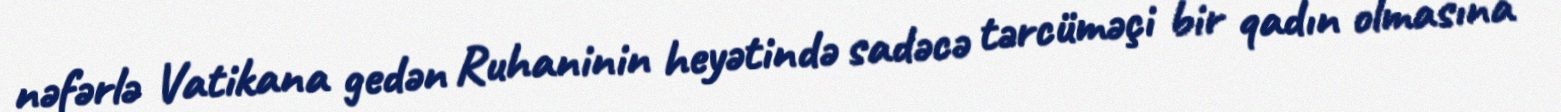
nəfərlə Vatikana gedən Ruhaninin heyətində sadəcə tərcüməçi bir qadın olmasına